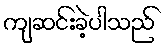
ကျဆင်းခဲ့ပါသည်